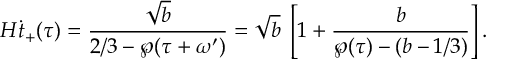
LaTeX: H \dot { t } _ { + } ( \tau ) = \frac { \sqrt { b } } { 2 / 3 - \wp ( \tau + \omega ^ { \prime } ) } = \sqrt { b } \; \left[ 1 + \frac { b } { \wp ( \tau ) - ( b - 1 / 3 ) } \right] .